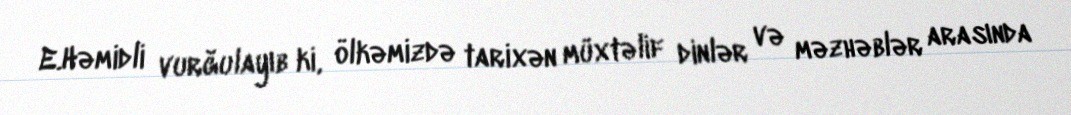
E.Həmidli vurğulayıb ki, ölkəmizdə tarixən müxtəlif dinlər və məzhəblər arasında